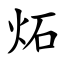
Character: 炻